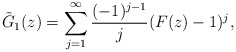
\begin{align*} \tilde G_1(z)= \sum_{j=1}^\infty \frac{(-1)^{j-1}}{j} (F(z)-1)^j,\end{align*}